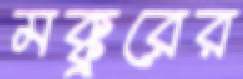
মক্কুরের